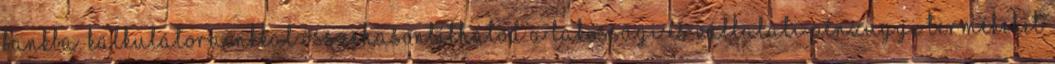
bankba. Kalkulátorainkkal összehasonlíthatod a lakossági és vállalati pénzügyi termékeket